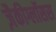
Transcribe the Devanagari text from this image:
ज़ैकीग्लॉसस